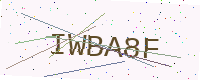
Text: IWBA8F